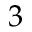
3